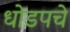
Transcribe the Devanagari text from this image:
धोडपचे